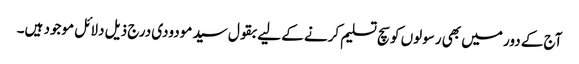
آج کے دور میں بھی رسولوں کو سچ تسلیم کرنے کے لیے بقول سید مودودی درج ذیل دلائل موجود ہیں۔